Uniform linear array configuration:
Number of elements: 64
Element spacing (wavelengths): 0.25
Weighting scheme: binomial
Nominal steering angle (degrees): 60
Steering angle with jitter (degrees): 58.269
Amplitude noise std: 0.05
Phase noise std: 0.05

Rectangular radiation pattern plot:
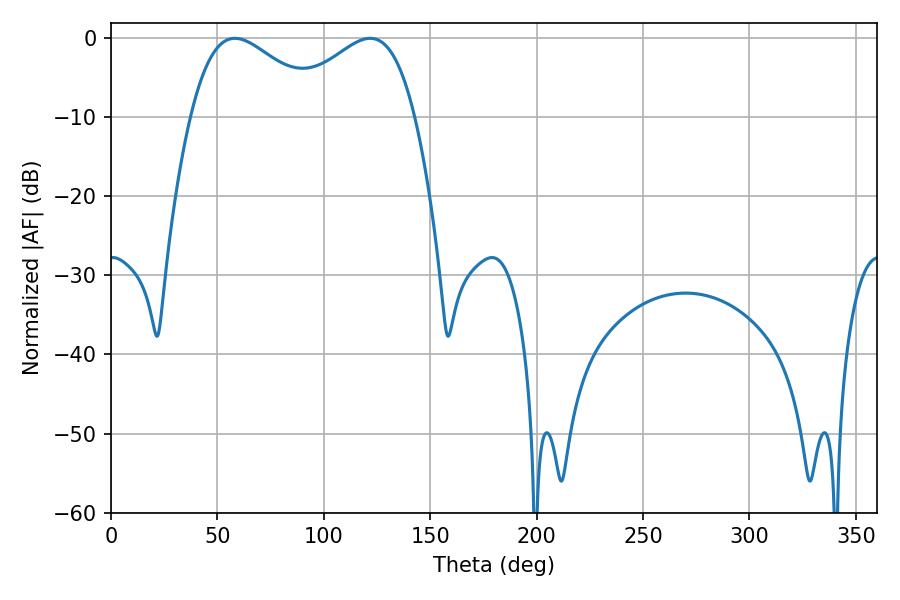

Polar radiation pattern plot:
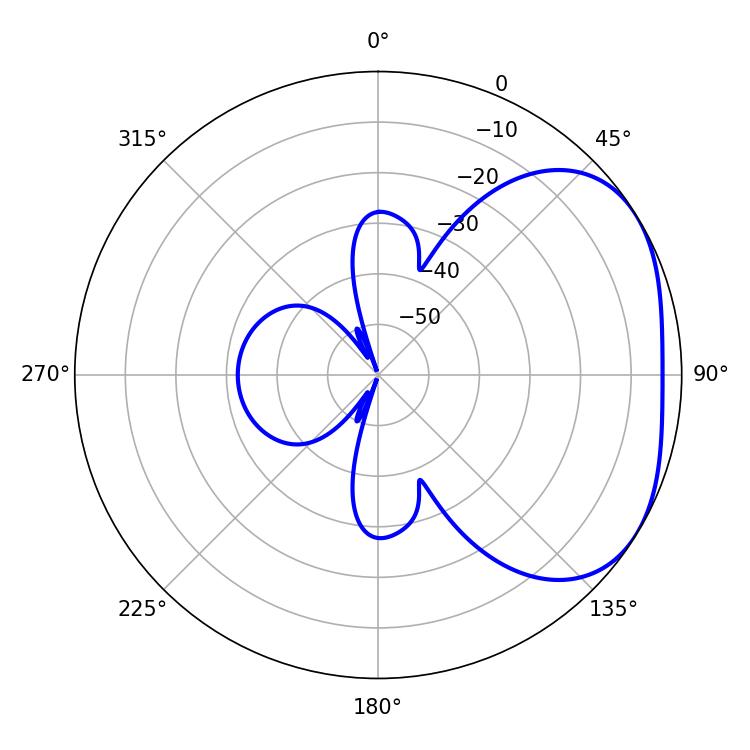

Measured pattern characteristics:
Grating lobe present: FALSE
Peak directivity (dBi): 2.883
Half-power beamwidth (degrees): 33.66
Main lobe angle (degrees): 58.14